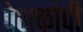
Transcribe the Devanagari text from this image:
पेशकोपी